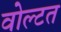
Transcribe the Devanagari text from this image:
वोल्टत